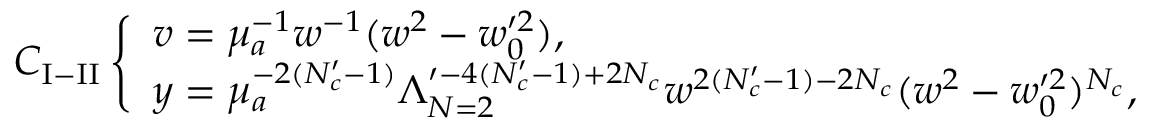
C _ { \mathrm { I - I I } } \left\{ \begin{array} { l } { { v = \mu _ { a } ^ { - 1 } w ^ { - 1 } ( w ^ { 2 } - w _ { 0 } ^ { \prime 2 } ) , } } \\ { { y = \mu _ { a } ^ { - 2 ( N _ { c } ^ { \prime } - 1 ) } \Lambda _ { N = 2 } ^ { \prime - 4 ( N _ { c } ^ { \prime } - 1 ) + 2 N _ { c } } w ^ { 2 ( N _ { c } ^ { \prime } - 1 ) - 2 N _ { c } } ( w ^ { 2 } - w _ { 0 } ^ { \prime 2 } ) ^ { N _ { c } } , } } \end{array} \right.